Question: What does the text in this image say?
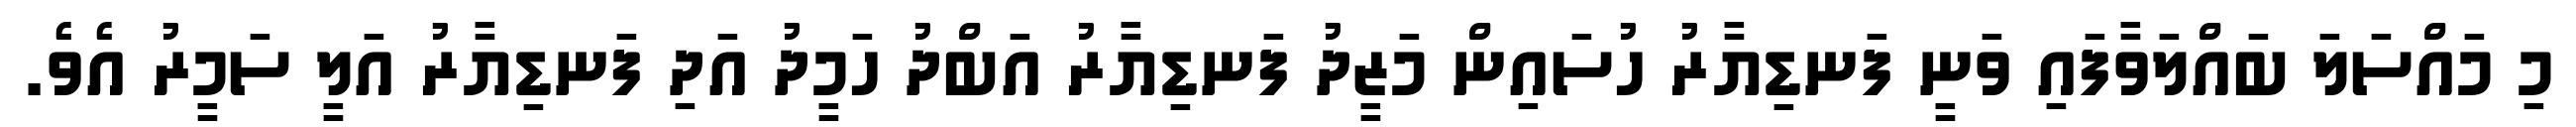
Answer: މި މައްސަލަ ބައްލަވާފައި ވަނީ ފަނޑިޔާރު ހުސައިން މަޒީދު ފަނޑިޔާރު އަބްދު ހަމީދު އަދި ފަނޑިޔާރު އަލީ ސަމީރު އެވެ.